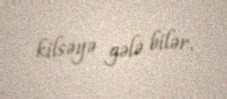
kilsəyə gələ bilər.